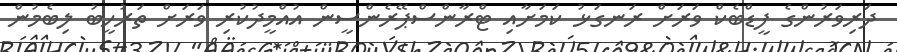
ދަރިވަރުންގެ ފީޑްބެކް ވަރަށް ރަނގަޅު ކަމަށާއި ޓްރާންސްޕޭރެންސީން އުއްމީދުކުރި ވަަރަށް ތަރުހީބު ލިބެމުން